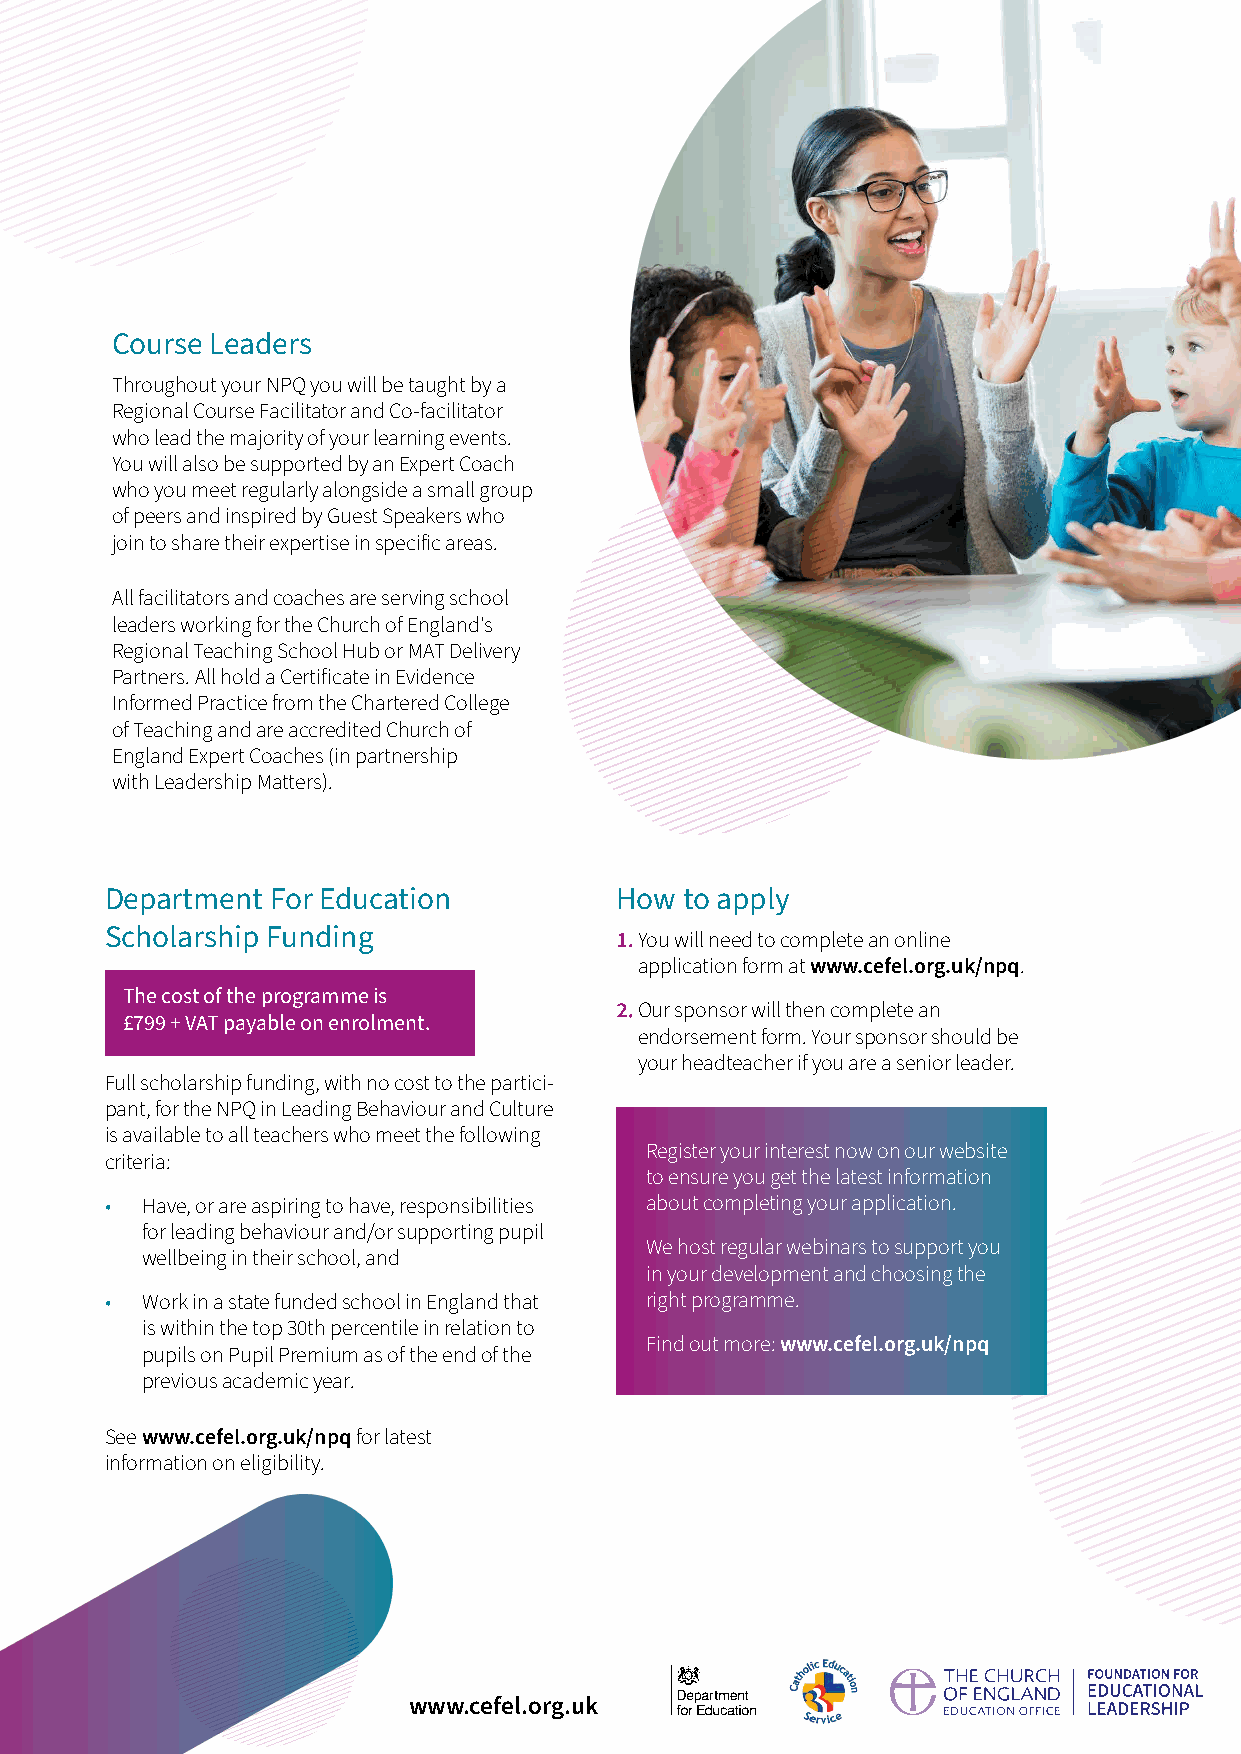
Course Leaders
 Throughout your NPQ you will be taught by a
 Regional Course Facilitator and Co-facilitator
 who lead the majority of your learning events.
 You will also be supported by an Expert Coach
 who you meet regularly alongside a small group
 of peers and inspired by Guest Speakers who
 join to share their expertise in specific areas.
 All facilitators and coaches are serving school
 leaders working for the Church of England’s
 Regional Teaching School Hub or MAT Delivery
 Partners. All hold a Certificate in Evidence
 Informed Practice from the Chartered College
 of Teaching and are accredited Church of
 England Expert Coaches (in partnership
 with Leadership Matters).
 Department For Education          How to apply
 Scholarship Funding               1. You will need to complete an online
 application form at www.cefel.org.uk/npq.
 The cost of the programme is
 2. Our sponsor will then complete an
 £799 + VAT payable on enrolment.
 endorsement form. Your sponsor should be
 your headteacher if you are a senior leader.
 Full scholarship funding, with no cost to the partici-
 pant, for the NPQ in Leading Behaviour and Culture
 is available to all teachers who meet the following
 Register your interest now on our website
 criteria:
 to ensure you get the latest information
 • Have, or are aspiring to have, responsibilities about completing your application.
 for leading behaviour and/or supporting pupil
 We host regular webinars to support you
 wellbeing in their school, and
 in your development and choosing the
 • Work in a state funded school in England that right programme.
 is within the top 30th percentile in relation to
 Find out more: www.cefel.org.uk/npq
 pupils on Pupil Premium as of the end of the
 previous academic year.
 See www.cefel.org.uk/npq for latest
 information on eligibility.
 www.cefel.org.uk